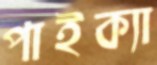
পাইক্যা